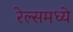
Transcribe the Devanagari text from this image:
रेल्समध्ये